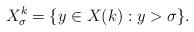
LaTeX: \begin{align*}X^k_\sigma = \{ y \in X(k): y > \sigma\}.\end{align*}